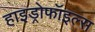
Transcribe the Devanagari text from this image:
हाइड्रोफॉइल्स